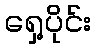
ရှေ့ပိုင်း